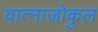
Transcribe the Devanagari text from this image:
वात्नाजोकुल